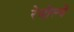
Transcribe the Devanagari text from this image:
रेनील्वे